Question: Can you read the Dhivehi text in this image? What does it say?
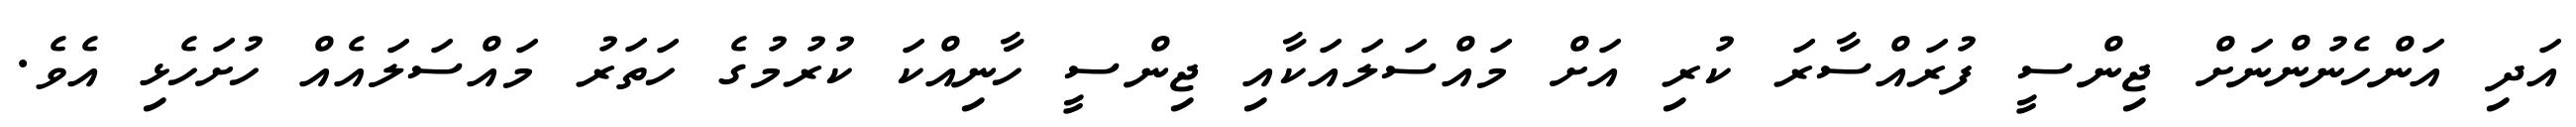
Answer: އަދި އަންހެނުންނަށް ޖިންސީ ފުރައްސާރަ ކުރި އަށް މައްސަލައަކާއި ޖިންސީ ހާނިއްކަ ކުރުމުގެ ހަތަރު މައްސަލައެއް ހުށަހެޅި އެވެ.